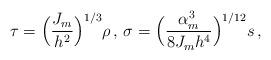
LaTeX: \begin{align*} \tau = \Big(\frac{J_m}{h^2}\Big)^{1/3}\rho \,,\, \sigma= \Big(\frac{\alpha^3_m}{8J_mh^4}\Big)^{1/12}s \,,\end{align*}